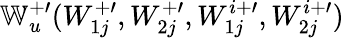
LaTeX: \mathbb{W}_{u}^{+\prime}(W_{1j}^{+\prime},W_{2j}^{+\prime},W_{1j}^{i+\prime},W_{2j}^{i+\prime})